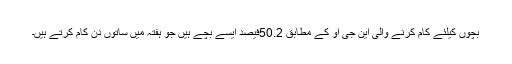
بچوں کیلئے کام کرنے والی این جی او کے مطابق 50.2فیصد ایسے بچے ہیں جو ہفتہ میں ساتوں دن کام کرتے ہیں۔